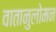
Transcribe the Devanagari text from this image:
वातानुलोमन